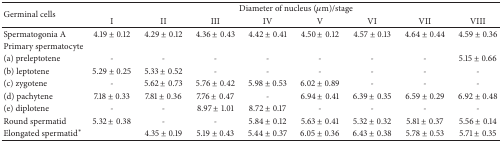
<table><thead><tr><td rowspan="2"><b>Germinal cells</b></td><td colspan="8"><b>Diameter of nucleus (<i>μ</i>m)/stage</b></td></tr><tr><td><b>I</b></td><td><b>II</b></td><td><b>III</b></td><td><b>IV</b></td><td><b>V</b></td><td><b>VI</b></td><td><b>VII</b></td><td><b>VIII</b></td></tr></thead><tbody><tr><td>Spermatogonia A</td><td>4.19 ± 0.12</td><td>4.29 ± 0.12</td><td>4.36 ± 0.43</td><td>4.42 ± 0.41</td><td>4.50 ± 0.12</td><td>4.57 ± 0.13</td><td>4.64 ± 0.44</td><td>4.59 ± 0.36</td></tr><tr><td>Primary spermatocyte</td><td> </td><td> </td><td> </td><td> </td><td> </td><td> </td><td> </td><td> </td></tr><tr><td>(a) preleptotene</td><td>-</td><td>-</td><td>-</td><td>-</td><td>-</td><td>-</td><td>-</td><td>5.15 ± 0.66</td></tr><tr><td>(b) leptotene</td><td>5.29 ± 0.25</td><td>5.33 ± 0.52</td><td>-</td><td>-</td><td>-</td><td>-</td><td>-</td><td>-</td></tr><tr><td>(c) zygotene</td><td>-</td><td>5.62 ± 0.73</td><td>5.76 ± 0.42</td><td>5.98 ± 0.53</td><td>6.02 ± 0.89</td><td>-</td><td>-</td><td>-</td></tr><tr><td>(d) pachytene</td><td>7.18 ± 0.33</td><td>7.81 ± 0.36</td><td>7.76 ± 0.47</td><td>-</td><td>6.94 ± 0.41</td><td>6.39 ± 0.35</td><td>6.59 ± 0.29</td><td>6.92 ± 0.48</td></tr><tr><td>(e) diplotene</td><td>-</td><td>-</td><td>8.97 ± 1.01</td><td>8.72 ± 0.17</td><td>-</td><td>-</td><td>-</td><td>-</td></tr><tr><td>Round spermatid</td><td>5.32 ± 0.38</td><td>-</td><td>-</td><td>5.84 ± 0.12</td><td>5.63 ± 0.41</td><td>5.32 ± 0.32</td><td>5.81 ± 0.37</td><td>5.56 ± 0.14</td></tr><tr><td>Elongated spermatid<sup><i>∗</i></sup></td><td> </td><td>4.35 ± 0.19</td><td>5.19 ± 0.43</td><td>5.44 ± 0.37</td><td>6.05 ± 0.36</td><td>6.43 ± 0.38</td><td>5.78 ± 0.53</td><td>5.71 ± 0.35</td></tr></tbody></table>